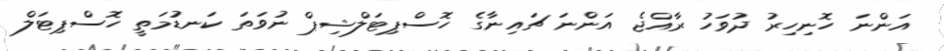
އަންނަ ހޮނިހިރު ދުވަހު ރާއްޖެ އަންނަ ޗައިނާގެ ހޮސްޕިޓަލްޝިޕް ނުވަތަ ކަނޑުމަތީ ހޮސްޕިޓަލް